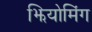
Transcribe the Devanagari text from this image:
झियोमिंग